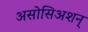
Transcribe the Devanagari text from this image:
असोसिअशन्